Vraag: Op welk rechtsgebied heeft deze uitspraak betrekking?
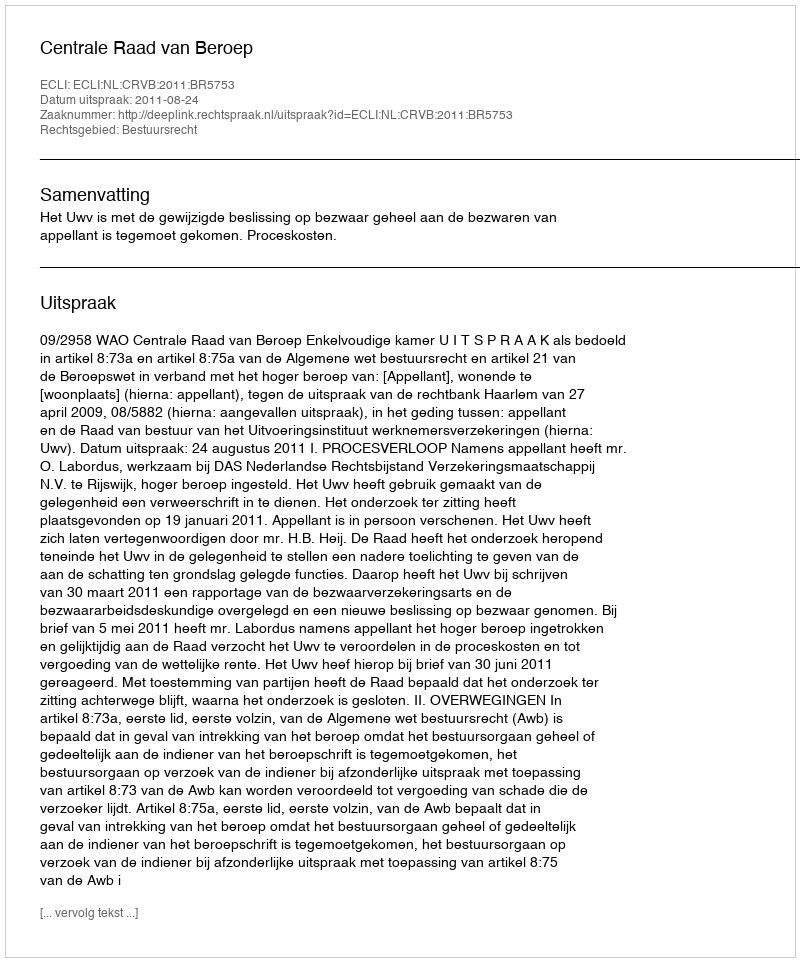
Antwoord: Bestuursrecht